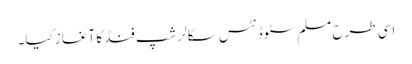
اسی طرح مسلم سٹوڈنٹس سکالرشپ فنڈ کا آغاز کیا۔